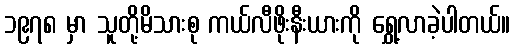
၁၉၇၈ မှာ သူတို့မိသားစု ကယ်လီဖိုးနီးယားကို ရွှေ့လာခဲ့ပါတယ်။